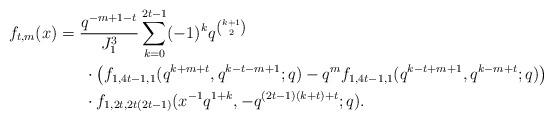
LaTeX: \begin{align*}f_{t,m}(x)&=\frac{q^{-m+1-t}}{J_{1}^3}\sum_{k=0}^{2t-1}(-1)^{k}q^{\binom{k+1}{2}}\\&\ \ \ \ \ \cdot \big (f_{1,4t-1,1}(q^{k+m+t},q^{k-t-m+1};q)-q^mf_{1,4t-1,1}(q^{k-t+m+1},q^{k-m+t};q)\big )\\&\ \ \ \ \ \cdot f_{1,2t,2t(2t-1)}(x^{-1}q^{1+k},-q^{(2t-1)(k+t)+t};q).\end{align*}